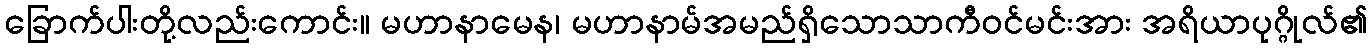
ခြောက်ပါးတို့လည်းကောင်း။ မဟာနာမေန၊ မဟာနာမ်အမည်ရှိသောသာကီဝင်မင်းအား အရိယာပုဂ္ဂိုလ်၏